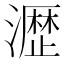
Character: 𤁋